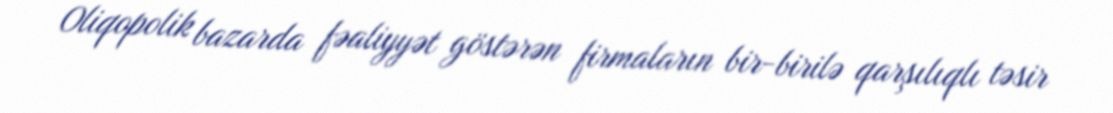
Oliqopolik bazarda fəaliyyət göstərən firmaların bir-birilə qarşılıqlı təsir